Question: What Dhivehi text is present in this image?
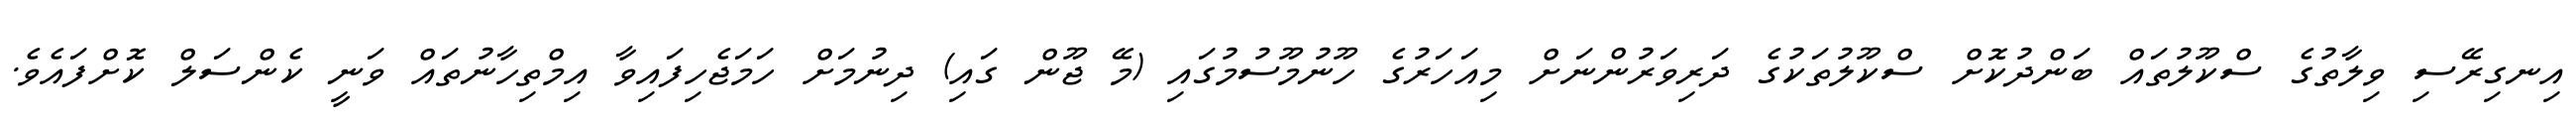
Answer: އިނގިރޭސި ވިލާތުގެ ސްކޫލުތައް ބަންދުކޮށް ސްކޫލުތަކުގެ ދަރިވަރުންނަށް މިއަހަރުގެ ހޫނުމޫސުމުގައި (މޭ ޖޫން ގައި) ދިނުމަށް ހަމަޖެހިފައިވާ އިމްތިހާނުތައް ވަނީ ކެންސަލް ކޮށްފައެވެ.